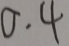
0 . 4